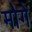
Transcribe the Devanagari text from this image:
मोगे